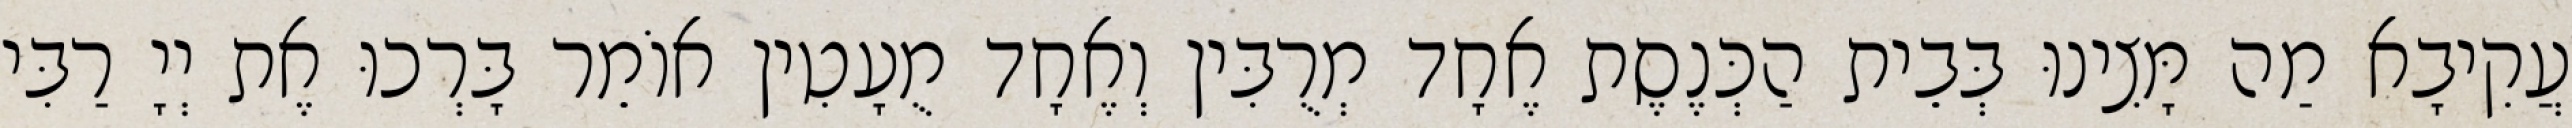
עֲקִיבָא מַה מָּצִינוּ בְּבֵית הַכְּנֶסֶת אֶחָד מְרֻבִּין וְאֶחָד מֻעָטִין אוֹמֵר בָּרְכוּ אֶת יְיָ רַבִּי